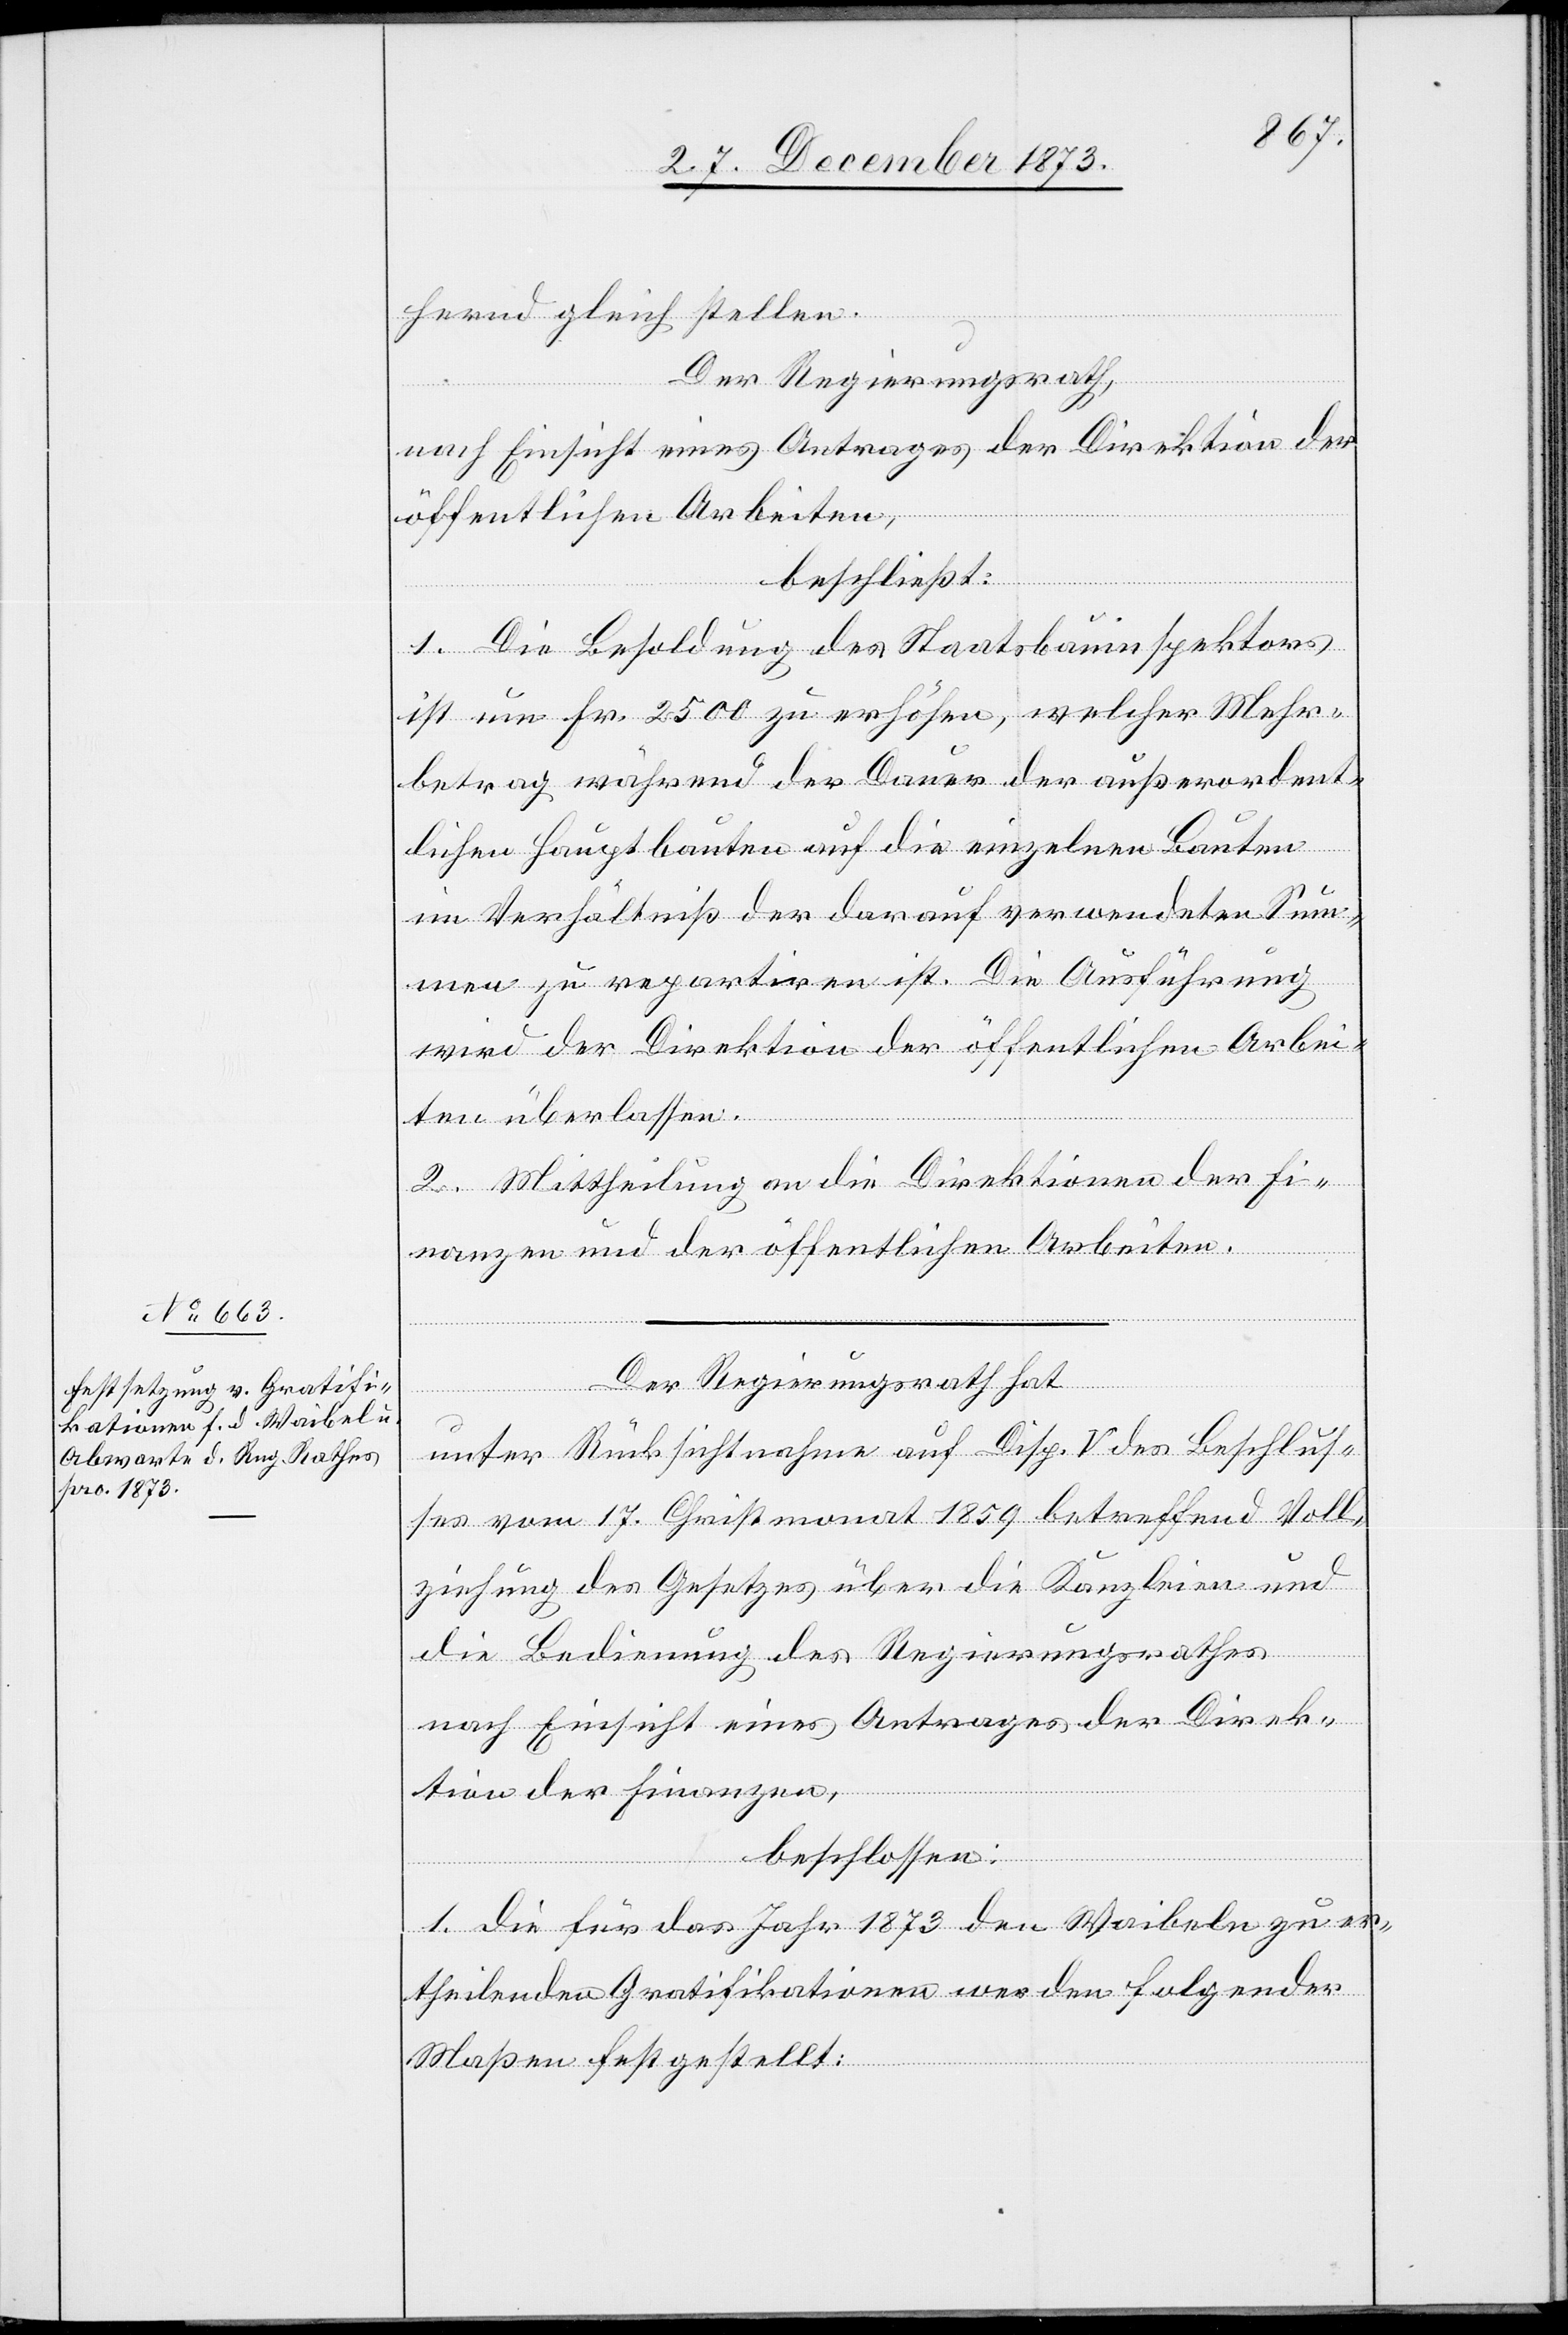
hernd gleich stellen.
Der Regierungsrath,
nach Einsicht eines Antrages der Direktion der
öffentlichen Arbeiten,
beschließt:
1. Die Besoldung des Staatsbauinspektors
ist um Fr. 2 500 zu erhöhen, welcher Mehr¬
betrag während der Dauer der außerordent¬
lichen Hauptbauten auf die einzelnen Bauten
im Verhältniß der darauf verwendeten Sum¬
men zu repartiren ist. Die Ausführung
wird der Direktion der öffentlichen Arbei¬
ten überlassen.
2. Mittheilung an Direktionen der Fi¬
nanzen und der öffentlichen Arbeiten.
Der Regierungsrath hat
unter Rücksichtnahme auf Disp. V des Beschlus¬
ses vom 17. Christmonat 1859 betreffend Voll¬
ziehung des Gesetzes über die Kanzleien und
die Bedienung des Regierungsrathes
nach Einsicht eines Antrages der Direk¬
tion der Finanzen,
beschlossen:
1. Die für das Jahr 1873 den Waibeln zu er¬
theilenden Gratifikationen werden folgender
Maßen festgestellt: